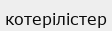
котерілістер